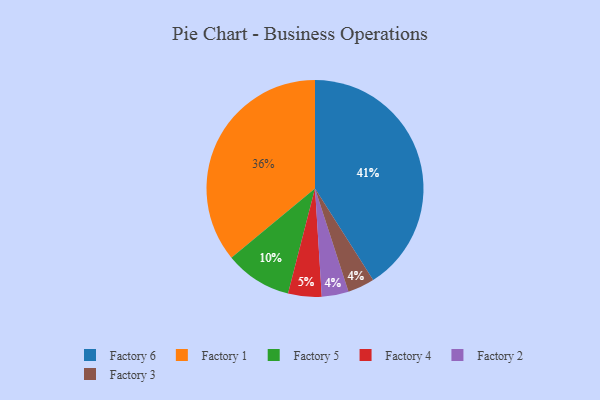
{"axis": {"x": "Category", "y": "Percentage"}, "legend": ["Factory 1", "Factory 2", "Factory 3", "Factory 4", "Factory 5", "Factory 6"], "data": [{"x": "Factory 2", "y": 4, "type": "Factory 2"}, {"x": "Factory 3", "y": 4, "type": "Factory 3"}, {"x": "Factory 5", "y": 10, "type": "Factory 5"}, {"x": "Factory 6", "y": 41, "type": "Factory 6"}, {"x": "Factory 4", "y": 5, "type": "Factory 4"}, {"x": "Factory 1", "y": 36, "type": "Factory 1"}]}